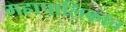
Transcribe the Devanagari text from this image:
महापालिकाच